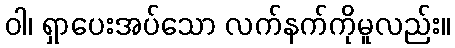
ဝါ၊ ရှာပေးအပ်သော လက်နက်ကိုမူလည်း။